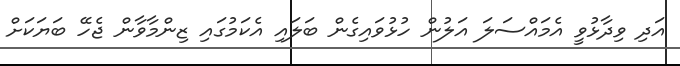
އަދި ވިދާޅުވީ އެމައްސަލަ އަލުން ހުޅުވައިގެން ބަލައި އެކަމުގައި ޒިންމާވާން ޖެހޭ ބަޔަކަށް